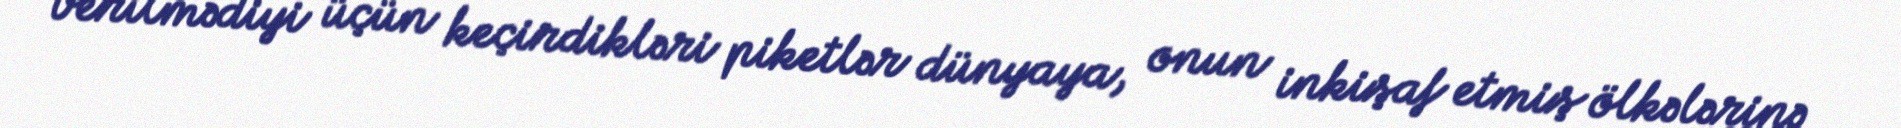
verilmədiyi üçün keçirdikləri piketlər dünyaya, onun inkişaf etmiş ölkələrinə